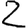
Digit: 2